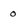
Character: 0